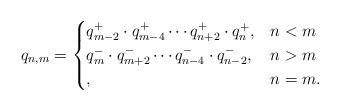
LaTeX: \begin{align*} q_{n,m}=\begin{cases}q^+_{m-2} \cdot q^+_{m-4} \cdots q^+_{n+2} \cdot q^+_n, & n<m\\q^-_{m} \cdot q^-_{m+2} \cdots q^-_{n-4} \cdot q^-_{n-2}, & n>m\\,& n=m.\end{cases}\end{align*}